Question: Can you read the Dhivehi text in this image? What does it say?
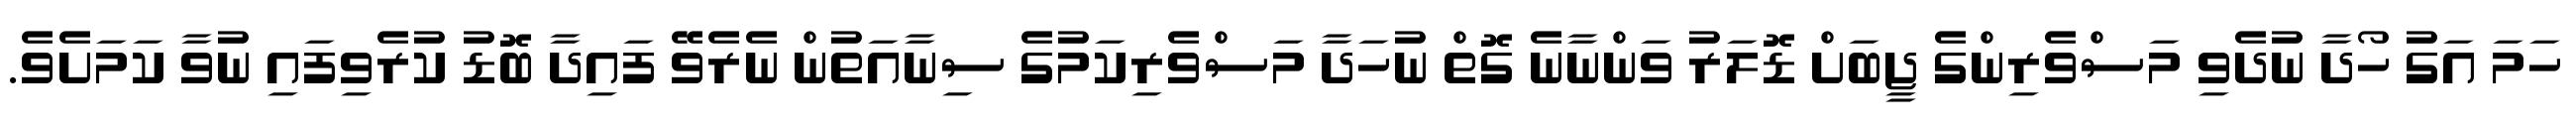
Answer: ހަމަ އަގު ހޯދާ ނުދެވި މަސްވެރިންގެ ޖީބަށް ޑޮލަރު ވަންނާނެ ގޮތް ނުހަދާ މަސްވެރިކަމުގެ ސިނާއަތުން ނެރެވޭ ފައިދާ ބޮޑު ކުރެވިފައި ނުވާ ކަމަށެވެ.